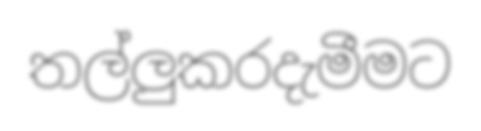
තල්ලුකරදැමීමට